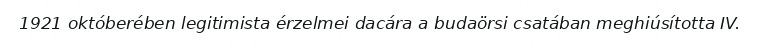
1921 októberében legitimista érzelmei dacára a budaörsi csatában meghiúsította IV.